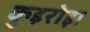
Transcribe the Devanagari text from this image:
कुइरोझ